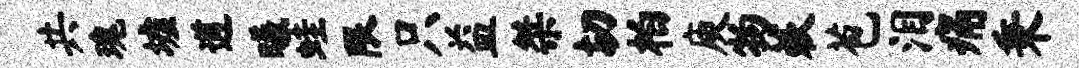
共瑰墟遒曦蛙限只益桀切柏庾物蔌苞泪痛秉